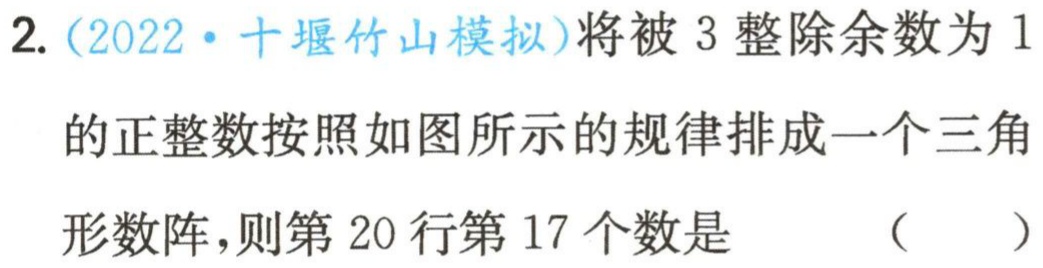
2.（2022·十堰竹山模拟）将被 3 整除余数为 1
的正整数按照如图所示的规律排成一个三角
形数阵，则第 20 行第 17 个数是 （  ）